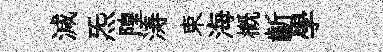
減炁隍涛束海槪齗學